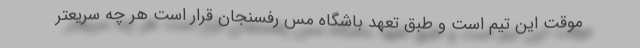
موقت این تیم است و طبق تعهد باشگاه مس رفسنجان قرار است هر چه سریعتر